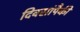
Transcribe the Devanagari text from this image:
दिवसांंपैकी